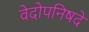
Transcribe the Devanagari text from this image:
वेदोपनिषदे